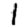
Digit: 1